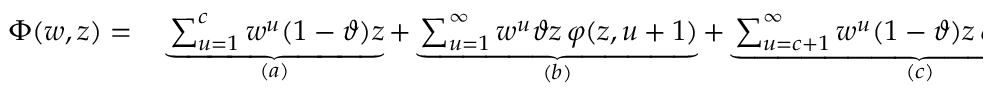
\begin{array} { r l } { \Phi ( w , z ) = } & { { } \underbrace { \sum _ { u = 1 } ^ { c } w ^ { u } ( 1 - \vartheta ) z } _ { ( a ) } + \underbrace { \sum _ { u = 1 } ^ { \infty } w ^ { u } \vartheta z \, \varphi ( z , u + 1 ) } _ { ( b ) } + \underbrace { \sum _ { u = c + 1 } ^ { \infty } w ^ { u } ( 1 - \vartheta ) z \, \varphi ( z , u - c ) } _ { ( c ) } . } \end{array}